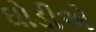
ઘોડીએ